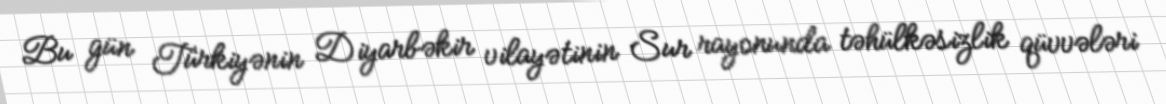
Bu gün Türkiyənin Diyarbəkir vilayətinin Sur rayonunda təhülkəsizlik qüvvələri